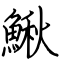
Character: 鰍